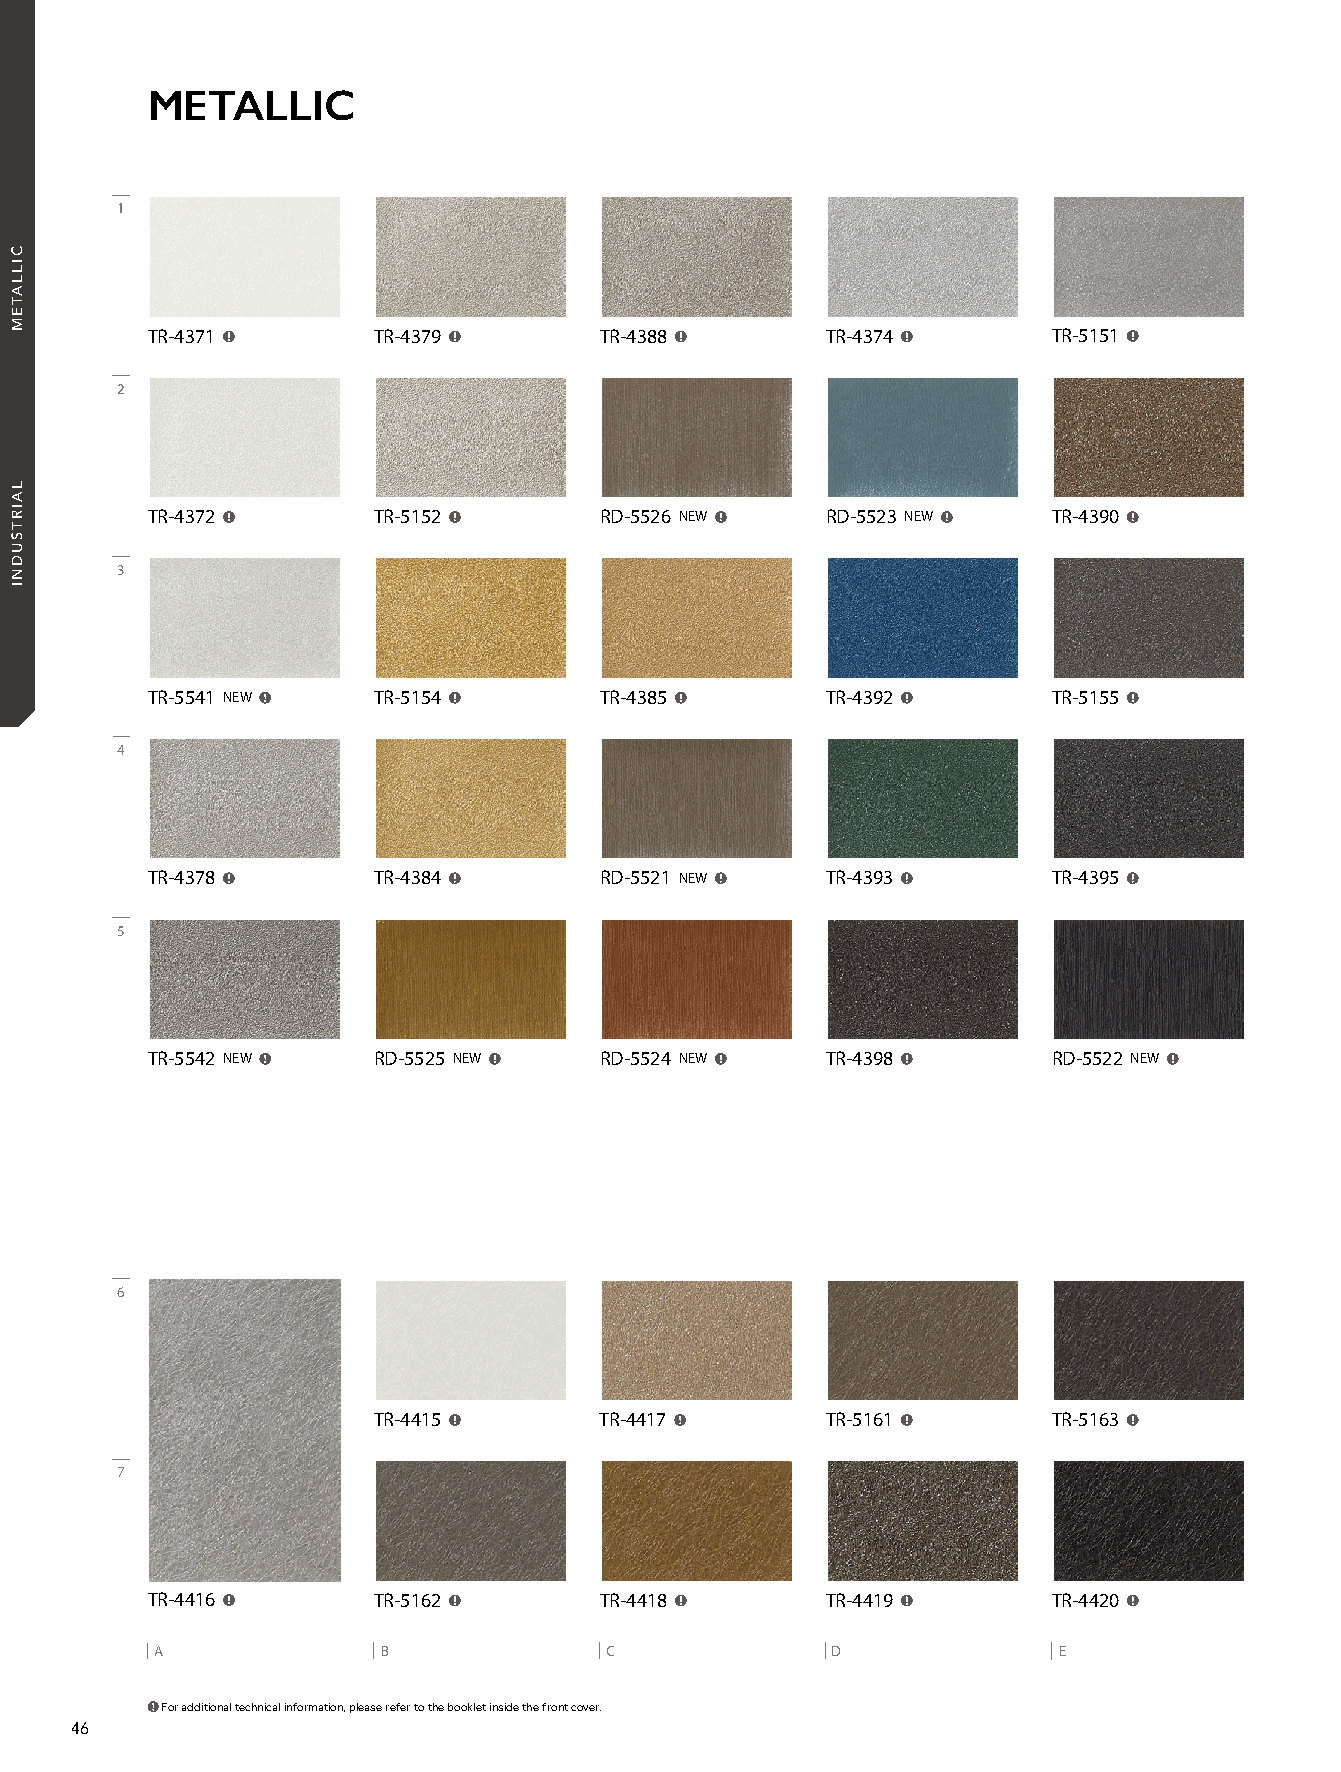
21_REATEC_vol11_P46_C1_KOROSEAL 21/11/16out 🅲🅼🆈🅺
 METALLIC
 1
 TR-4371        TR-4379        TR-4388        TR-4374        TR-5151
 2
 TR-4372        TR-5152        RD-5526 NEW    RD-5523 NEW    TR-4390
 3
 TR-5541 NEW    TR-5154        TR-4385        TR-4392        TR-5155
 4
 TR-4378        TR-4384        RD-5521 NEW    TR-4393        TR-4395
 5
 TR-5542 NEW    RD-5525 NEW    RD-5524 NEW    TR-4398        RD-5522 NEW
 6
 TR-4415        TR-4417        TR-5161        TR-5163
 7
 TR-4416        TR-5162        TR-4418        TR-4419        TR-4420
 A              B              C              D              E
 For additional technical information, please refer to the booklet inside the front cover.
 46
 CILLATEM
 LAIRTSUDNI